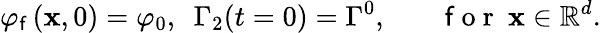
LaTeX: \varphi_{\mathsf{f}}\left(\mathbf{{x}},0\right)=\varphi_{0},~~\Gamma_{2}(t=0)=\Gamma^{0},~~~~~~~\mathrm{{~\mathsf{f}~o~r~}}~\mathbf{{x}}\in\mathbb{{R}}^{d}.